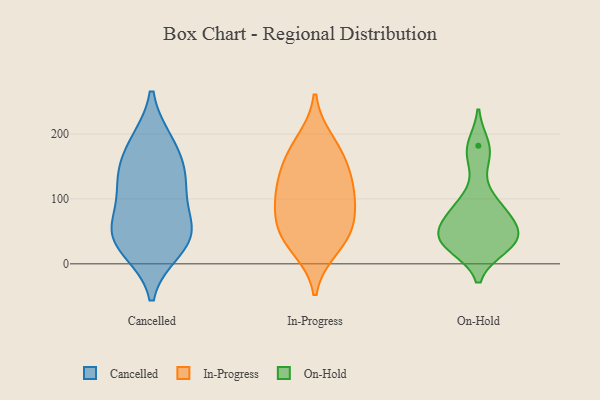
{"axis": {"x": "Conversion Rate (%)", "y": "Value"}, "legend": ["Cancelled", "In-Progress", "On-Hold"], "data": [{"x": "", "y": 58, "type": "Cancelled"}, {"x": "", "y": 35, "type": "Cancelled"}, {"x": "", "y": 181, "type": "Cancelled"}, {"x": "", "y": 125, "type": "Cancelled"}, {"x": "", "y": 58, "type": "Cancelled"}, {"x": "", "y": 185, "type": "Cancelled"}, {"x": "", "y": 24, "type": "Cancelled"}, {"x": "", "y": 127, "type": "Cancelled"}, {"x": "", "y": 44, "type": "Cancelled"}, {"x": "", "y": 129, "type": "Cancelled"}, {"x": "", "y": 115, "type": "In-Progress"}, {"x": "", "y": 109, "type": "In-Progress"}, {"x": "", "y": 25, "type": "In-Progress"}, {"x": "", "y": 163, "type": "In-Progress"}, {"x": "", "y": 101, "type": "In-Progress"}, {"x": "", "y": 152, "type": "In-Progress"}, {"x": "", "y": 188, "type": "In-Progress"}, {"x": "", "y": 54, "type": "In-Progress"}, {"x": "", "y": 66, "type": "In-Progress"}, {"x": "", "y": 43, "type": "In-Progress"}, {"x": "", "y": 165, "type": "On-Hold"}, {"x": "", "y": 93, "type": "On-Hold"}, {"x": "", "y": 34, "type": "On-Hold"}, {"x": "", "y": 182, "type": "On-Hold"}, {"x": "", "y": 57, "type": "On-Hold"}, {"x": "", "y": 71, "type": "On-Hold"}, {"x": "", "y": 37, "type": "On-Hold"}, {"x": "", "y": 27, "type": "On-Hold"}, {"x": "", "y": 34, "type": "On-Hold"}, {"x": "", "y": 89, "type": "On-Hold"}, {"x": "", "y": 44, "type": "On-Hold"}]}